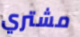
مشتري